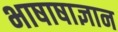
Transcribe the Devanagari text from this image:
भाषाषाज्ञान